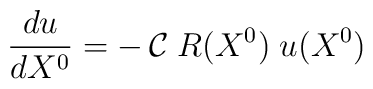
{{du}\over{dX^0}} = - \, {\cal C}\; R(X^0) \; u(X^0)